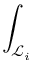
\int _ { \mathcal { L } _ { i } }